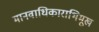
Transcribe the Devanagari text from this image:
मानवाधिकाराभिमूख